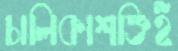
চালিকাশক্তিই